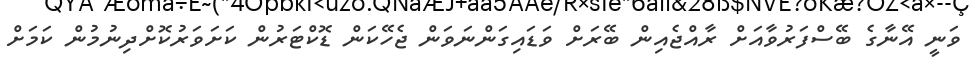
ވަނީ އޭނާގެ ބޭސްފަރުވާއަށް ރާއްޖެއިން ބޭރަށް ވަޑައިގަންނަވަން ޖެހޭކަން ޑޮކްޓަރުން ކަށަވަރުކޮށްދިނުމުން ކަމަށް